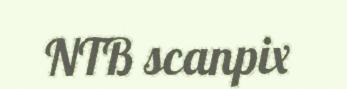
NTB scanpix